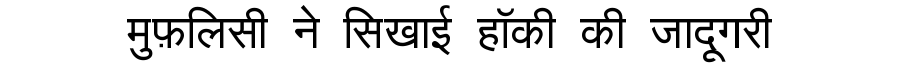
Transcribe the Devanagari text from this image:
मुफ़लिसी ने सिखाई हॉकी की जादूगरी